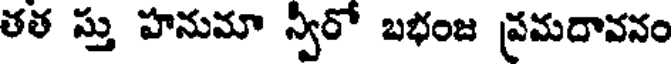
తత స్తు హనుమా న్వీరో బభంజ ప్రమదావనం